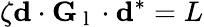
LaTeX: \zeta\mathbf{d}\cdot\mathbf{G}_{\mathrm{~l~}}\cdot\mathbf{d}^{*}=L